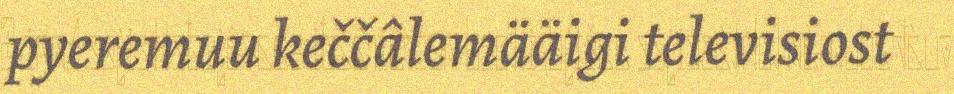
pyeremuu keččâlemääigi televisiost